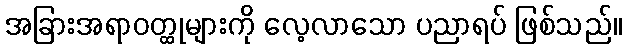
အခြားအရာဝတ္ထုများကို လေ့လာသော ပညာရပ် ဖြစ်သည်။